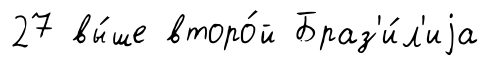
27 вы́ше второ́й Браз'и́л'иjа